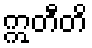
ဣတီတိ